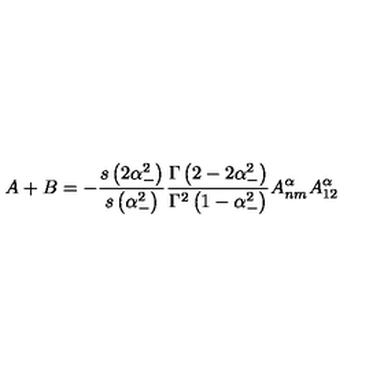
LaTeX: A + B = - \frac { s \left( 2 \alpha _ { - } ^ { 2 } \right) } { s \left( \alpha _ { - } ^ { 2 } \right) } \frac { \Gamma \left( 2 - 2 \alpha _ { - } ^ { 2 } \right) } { \Gamma ^ { 2 } \left( 1 - \alpha _ { - } ^ { 2 } \right) } A _ { n m } ^ { \alpha } A _ { 1 2 } ^ { \alpha }